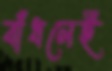
বাঁধলেই